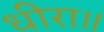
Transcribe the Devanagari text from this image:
धीरा॥